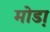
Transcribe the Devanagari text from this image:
मोडा़